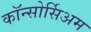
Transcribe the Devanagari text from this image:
कॉन्सोर्सिअम